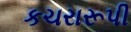
કચરારૂપી